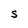
Character: S